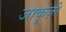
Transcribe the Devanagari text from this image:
जाकुज़ी